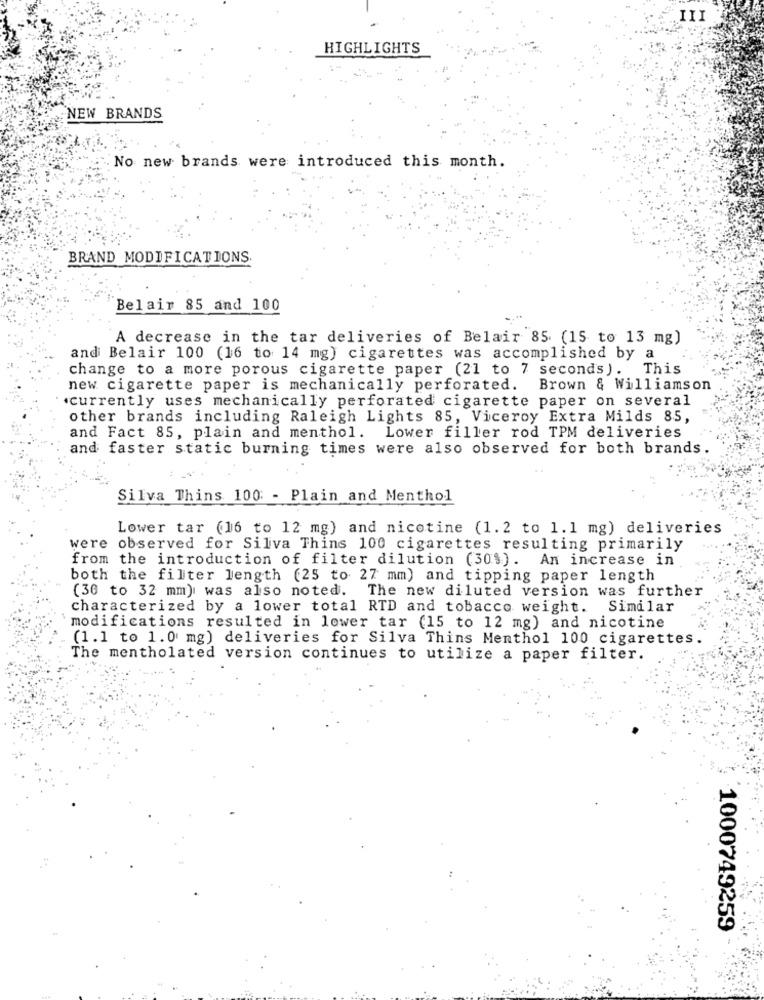
III
HIGHLIGHTS
NEW BRANDS
No new brands were introduced this month.
BRAND MODIFICATIONS.
Belair 85 and 100
A decrease in the tar deliveries of Belair 85 (15 to 13 mg)
and Belair 100 (16 to 14 mg) cigarettes was accomplished by a
change to a more porous cigarette paper (21 to 7 seconds). This
new cigarette paper is mechanically perforated. Brown & Williamson
currently uses mechanically perforated cigarette paper on several
other brands including Raleigh Lights 85, Viceroy Extra Milds 85,
and Fact 85, plain and menthol. Lower filler rod TPM deliveries
and faster static burning times were also observed for both brands
Silva Thins 100: - Plain and Menthol
Lower tar (16 to 12 mg) and nicotine (1.2 to 1.1 mg) deliveries
were observed for Silva Thins 100 cigarettes resulting primarily
from the introduction of filter dilution (30%). An increase in
both the filter length (25 to 27 mm) and tipping paper length
(30 to 32 mm) was also noted. The new diluted version was further
characterized by a lower total RTD and tobacco weight. Similar
modifications resulted in lower tar (15 to 12 mg) and nicotine
(1.1 to 1.0 mg) deliveries for Silva Thins Menthol 100 cigarettes.
The mentholated version continues to utilize a paper filter.
1000749259